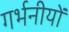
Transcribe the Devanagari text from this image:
गर्भनीयों